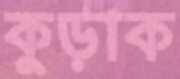
কুড়াক